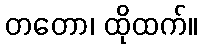
တတော၊ ထိုထက်။